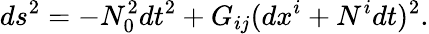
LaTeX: ds^{2}=-N_{0}^{2}dt^{2}+G_{ij}(dx^{i}+N^{i}dt)^{2}.